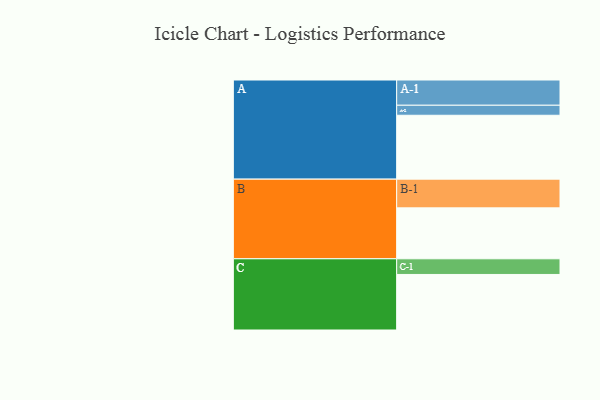
{"axis": {"x": "Segment", "y": "Value"}, "legend": ["", "A", "B", "C"], "data": [{"x": "A", "y": 567, "type": ""}, {"x": "B", "y": 452, "type": ""}, {"x": "C", "y": 493, "type": ""}, {"x": "A-1", "y": 224, "type": "A"}, {"x": "A-2", "y": 89, "type": "A"}, {"x": "B-1", "y": 255, "type": "B"}, {"x": "C-1", "y": 139, "type": "C"}]}